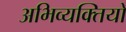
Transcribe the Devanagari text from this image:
अभिव्यक्तियो